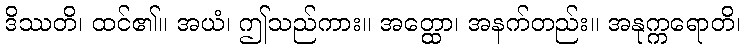
ဒိဿတိ၊ ထင်၏။ အယံ၊ ဤသည်ကား။ အတ္ထော၊ အနက်တည်း။ အနုက္ကရောတိ၊